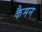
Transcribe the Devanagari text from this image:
कैमन